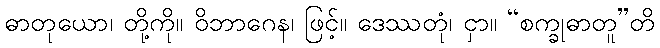
ဓာတုယော၊ တို့ကို။ ဝိဘာဂေန၊ ဖြင့်။ ဒေဿတုံ၊ ငှာ။ “စက္ခုဓာတူ”တိ